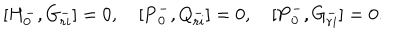
\lbrack { H _ { 0 } ^ { - } , G _ { r i } ^ { - } } \rbrack = 0 , \quad \lbrack { { \bf P } _ { 0 } ^ { - } , Q _ { r i } ^ { - } } \rbrack = 0 , \quad \lbrack { { \bf P } _ { 0 } ^ { - } , G _ { r i } ^ { - } } \rbrack = 0 .